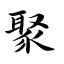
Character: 聚